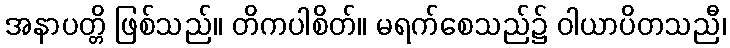
အနာပတ္တိ ဖြစ်သည်။ တိကပါစိတ်။ မရက်စေသည်၌ ဝါယာပိတသညီ၊